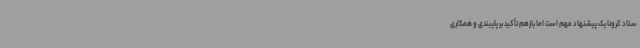
ستاد کرونا یک پیشنهاد مهم است اما بازهم تأکید بر پایبندی و همکاری